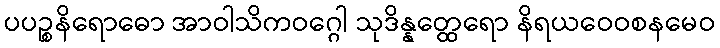
ပပဉ္စနိရောဓော အာဝါသိကဝဂ္ဂေါ သုဒိန္နတ္ထေရော နိရယဝေဝစနမေဝ